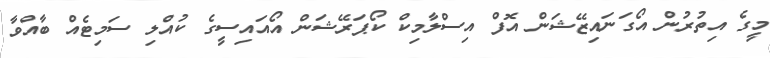
މީގެ އިތުރުން އޯގަނައިޒޭޝަން އޮފް އިސްލާމިކް ކޯޕަރޭޝަން އޯއައިސީގެ ކުއްލި ސަމިޓެއް ބާއްވާ